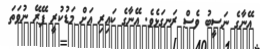
އޭނާގެ ނަސީބު ވެސް ރަނގަޅެވެ. އޭނާގެ ކައިރި އަށް މަޑުކުރީ ފޭރޭ ނުވަތަ